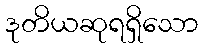
ဒုတိယဆုရရှိသော